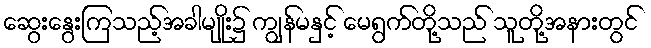
ဆွေးနွေးကြသည့်အခါမျိုး၌ ကျွန်မနှင့် မေရွက်တို့သည် သူတို့အနားတွင်